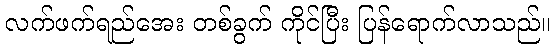
လက်ဖက်ရည်အေး တစ်ခွက် ကိုင်ပြီး ပြန်ရောက်လာသည်။